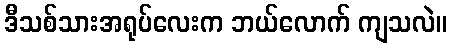
ဒီသစ်သားအရုပ်လေးက ဘယ်လောက် ကျသလဲ။